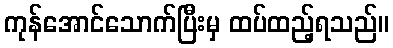
ကုန်အောင်သောက်ပြီးမှ ထပ်ထည့်ရသည်။